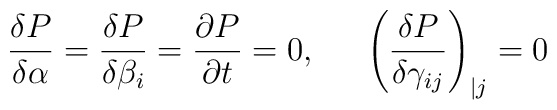
\frac{\delta P}{\delta\alpha}= \frac{\delta P}{\delta\beta_i} =\frac{\partial P}{\partial t} = 0,~~~~\left(\frac{\delta P}{\delta\gamma_{ij}}\right)_{| j}=0